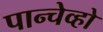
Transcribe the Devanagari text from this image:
पान्चेव्हो